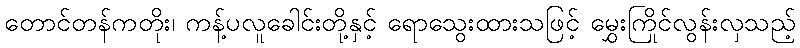
တောင်တန်ကတိုး၊ ကန့်ပလူခေါင်းတို့နှင့် ရောသွေးထားသဖြင့် မွှေးကြိုင်လွန်းလှသည့်